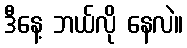
ဒီနေ့ ဘယ်လို နေလဲ။